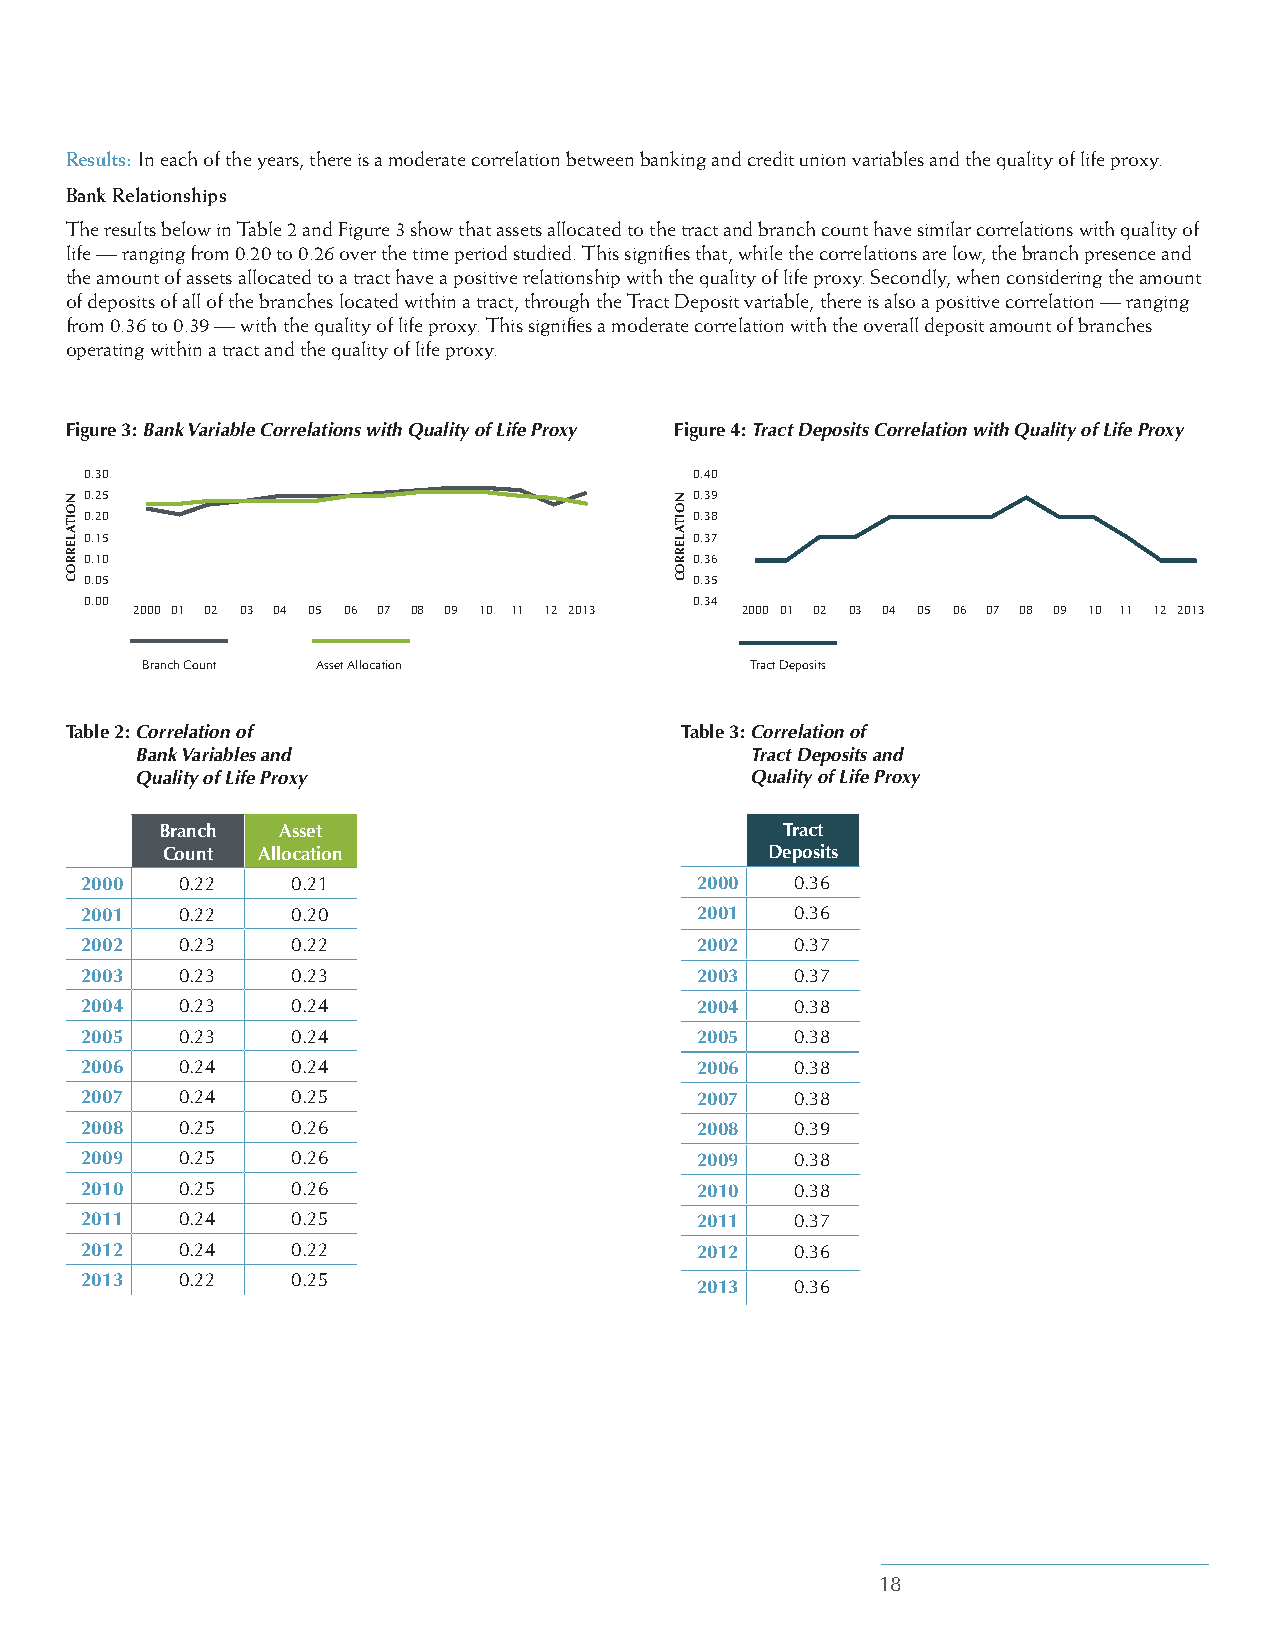
Results: In each of the years, there is a moderate correlation between banking and credit union variables and the quality of life proxy.
 Bank Relationships
 The results below in Table 2 and Figure 3 show that assets allocated to the tract and branch count have similar correlations with quality of
 life — ranging from 0.20 to 0.26 over the time period studied. This signifies that, while the correlations are low, the branch presence and
 the amount of assets allocated to a tract have a positive relationship with the quality of life proxy. Secondly, when considering the amount
 of deposits of all of the branches located within a tract, through the Tract Deposit variable, there is also a positive correlation — ranging
 from 0.36 to 0.39 — with the quality of life proxy. This signifies a moderate correlation with the overall deposit amount of branches
 operating within a tract and the quality of life proxy.
 Figure 3: Bank Variable Correlations with Quality of Life Proxy Figure 4: Tract Deposits Correlation with Quality of Life Proxy
 0.30                                    0.40
 0.25                                    0.39
 0.20                                    0.38
 0.15                                    0.37
 0.10                                    0.36
 0.05                                    0.35
 0.00                                    0.34
 2000 01 02 03 04 05 06 07 08 09 10 11 12 2013 2000 01 02 03 04 05 06 07 08 09 10 11 12 2013
 Branch Count Asset Allocation            Tract Deposits
 Table 2: C orrelation of                 Table 3: C orrelation of
 Bank Variables and                       Tract Deposits and
 Quality of Life Proxy                    Quality of Life Proxy
 Branch Asset                             Tract
 Count Allocation                        Deposits
 2000   0.22   0.21                       2000   0.36
 2001   0.22   0.20                       2001   0.36
 2002   0.23   0.22                       2002   0.37
 2003   0.23   0.23                       2003   0.37
 2004   0.23   0.24                       2004   0.38
 2005   0.23   0.24                       2005   0.38
 2006   0.24   0.24                       2006   0.38
 2007   0.24   0.25                       2007   0.38
 2008   0.25   0.26                       2008   0.39
 2009   0.25   0.26                       2009   0.38
 2010   0.25   0.26                       2010   0.38
 2011   0.24   0.25                       2011   0.37
 2012   0.24   0.22                       2012   0.36
 2013   0.22   0.25
 2013   0.36
 18
 NOITALERROC                              NOITALERROC